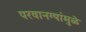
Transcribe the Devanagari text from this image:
परवानग्यांमुळे